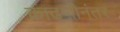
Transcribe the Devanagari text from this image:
काढणीनंतर